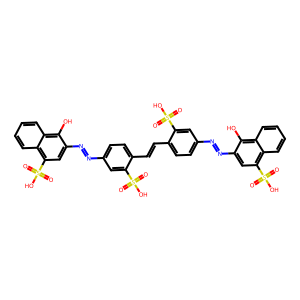
SMILES: O=S(=O)(O)c1cc(N=Nc2cc(S(=O)(=O)O)c3ccccc3c2O)ccc1C=Cc1ccc(N=Nc2cc(S(=O)(=O)O)c3ccccc3c2O)cc1S(=O)(=O)O
Inhibits HIV replication: Yes